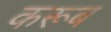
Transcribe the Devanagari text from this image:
करूब